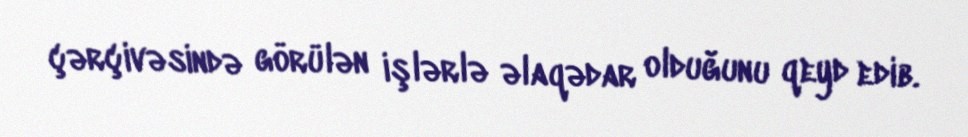
çərçivəsində görülən işlərlə əlaqədar olduğunu qeyd edib.